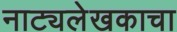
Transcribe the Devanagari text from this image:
नाट्यलेखकाचा